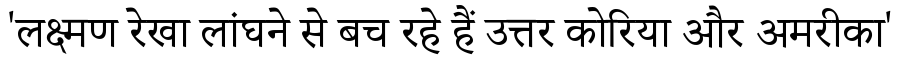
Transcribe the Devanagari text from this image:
'लक्ष्मण रेखा लांघने से बच रहे हैं उत्तर कोरिया और अमरीका'